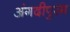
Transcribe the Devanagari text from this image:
अंगदीपुरम